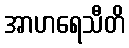
အာဟရေသီတိ